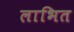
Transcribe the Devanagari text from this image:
लाभित